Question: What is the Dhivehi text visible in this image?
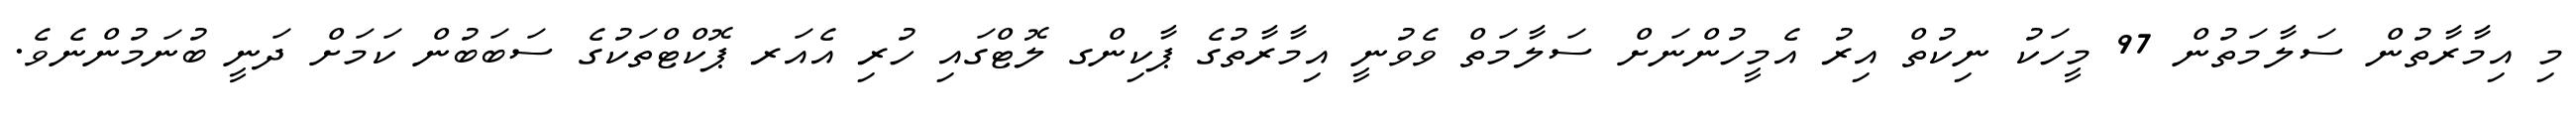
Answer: މި އިމާރާތުން ސަލާމަތުން 97 މީހަކު ނިކުތް އިރު އެމީހުންނަށް ސަލާމަތް ވެވުނީ އިމާރާތުގެ ޕާކިންގ ލޮޓްގައި ހުރި އެއަރ ޕޮކްޓްތަކުގެ ސަބަބުން ކަމަށް ދަނީ ބުނަމުންނެވެ.